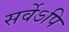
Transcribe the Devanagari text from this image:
सर्वेऽपि